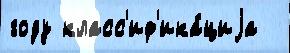
году класс'иф'ика́циjа